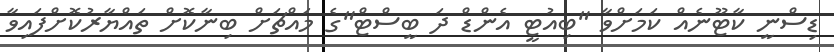
ޑިސްނީ ކާޓޫނެއް ކަމަށްވާ "ބިއުޓީ އެންޑް ދަ ބީސްޓް"ގެ މައްޗަށް ބިނާކޮށް ތައްޔާރުކޮށްފައިވާ